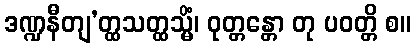
ဒဏ္ဍနီတျ’တ္ထသတ္ထသ္မိံ၊ ဝုတ္တန္တော တု ပဝတ္တိ စ။